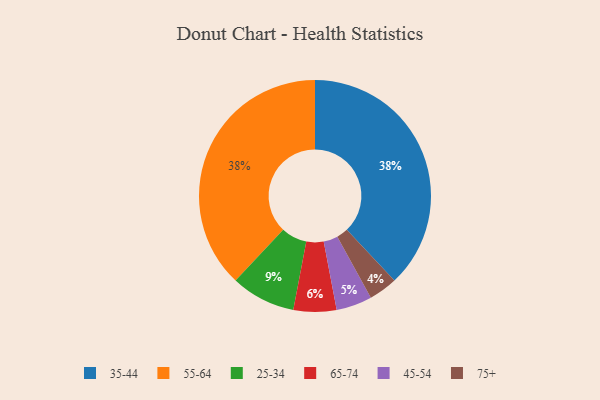
{"axis": {"x": "Category", "y": "Percentage"}, "legend": ["25-34", "35-44", "45-54", "55-64", "65-74", "75+"], "data": [{"x": "35-44", "y": 38, "type": "35-44"}, {"x": "75+", "y": 4, "type": "75+"}, {"x": "65-74", "y": 6, "type": "65-74"}, {"x": "55-64", "y": 38, "type": "55-64"}, {"x": "45-54", "y": 5, "type": "45-54"}, {"x": "25-34", "y": 9, "type": "25-34"}]}